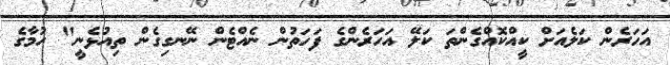
އަހަރެން ކަލެއަށް ކީއްކޮއްގެންތަ ކަލޭ އަހަރެންގެ ފަހަތުން ނެއްޓެން ނޭނގިގެން ތިއުޅެނީ" ހުމާގެ